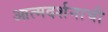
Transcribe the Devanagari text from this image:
आत्मदर्शनाची